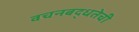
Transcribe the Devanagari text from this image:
वचनबद्धतेची